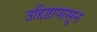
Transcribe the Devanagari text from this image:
उद्दिष्टापासून